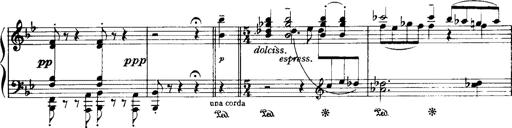
Title: Historische ungarische Bildnisse
Composer: Franz Liszt